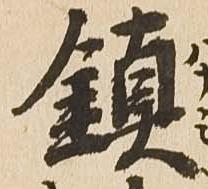
鎮